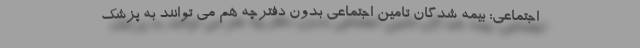
‌اجتماعی: بیمه شدگان تامین اجتماعی بدون دفترچه هم می توانند به پزشک